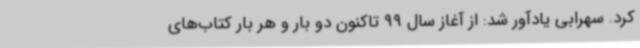
کرد. سهرابی یادآور شد: از آغاز سال 99 تاکنون دو بار و هر بار کتاب‌های